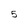
Character: 5